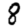
Digit: 8